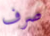
صرف